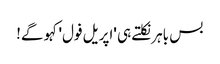
بس باہر نکلتے ہی 'اپریل فول' کہو گے!